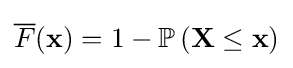
{\overline {F}}(\mathbf {x} )=1-\mathbb {P} \left(\mathbf {X} \leq \mathbf {x} \right)